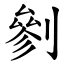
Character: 剼